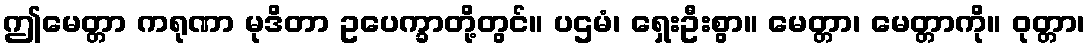
ဤမေတ္တာ ကရုဏာ မုဒိတာ ဥပေက္ခာတို့တွင်။ ပဌမံ၊ ရှေးဦးစွာ။ မေတ္တာ၊ မေတ္တာကို။ ဝုတ္တာ၊